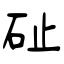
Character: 砋